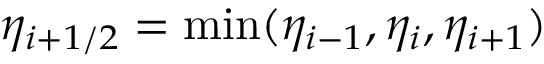
\eta _ { i + 1 / 2 } = \operatorname* { m i n } ( \eta _ { i - 1 } , \eta _ { i } , \eta _ { i + 1 } )